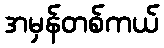
အမှန်တစ်ကယ်